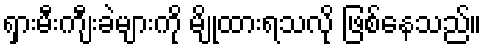
ရှားမီးကျီးခဲများကို မျိုထားရသလို ဖြစ်နေသည်။